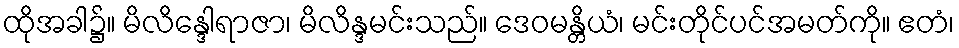
ထိုအခါ၌။ မိလိန္ဒေါရာဇာ၊ မိလိန္ဒမင်းသည်။ ဒေဝမန္တိယံ၊ မင်းတိုင်ပင်အမတ်ကို။ ဧတံ၊